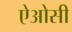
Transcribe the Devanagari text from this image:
ऐओसी